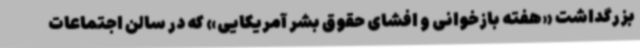
بزرگداشت «هفته بازخوانی و افشای حقوق بشر آمریکایی» که در سالن اجتماعات